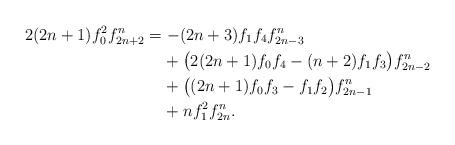
LaTeX: \begin{align*} 2(2n+1)f_0^2 f^n_{2n+2} &= -(2n+3)f_1 f_4 f^n_{2n-3} \\ & \phantom{=}\ + \big(2(2n+1) f_0 f_4 - (n+2)f_1 f_3\big) f^n_{2n-2} \\ & \phantom{=}\ + \big((2n+1) f_0 f_3 - f_1 f_2\big) f^n_{2n-1} \\ & \phantom{=}\ + n f_1^2 f^n_{2n}.\end{align*}